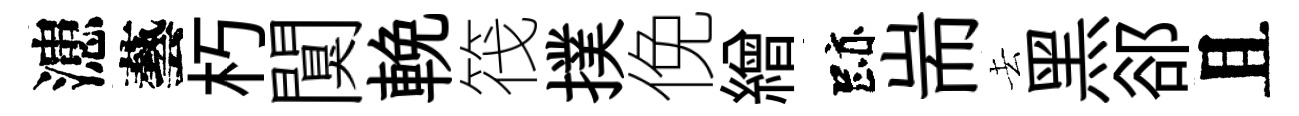
漶藝朽闃輓筏撲俛繒跡耑去黑郤且